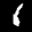
Label: 1